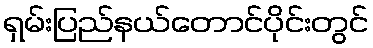
ရှမ်းပြည်နယ်တောင်ပိုင်းတွင်